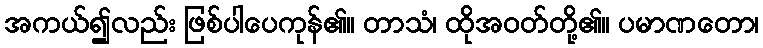
အကယ်၍လည်း ဖြစ်ပါပေကုန်၏။ တာသံ၊ ထိုအဝတ်တို့၏။ ပမာဏတော၊